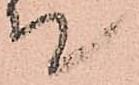
て